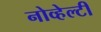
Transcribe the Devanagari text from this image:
नोव्हेल्टी